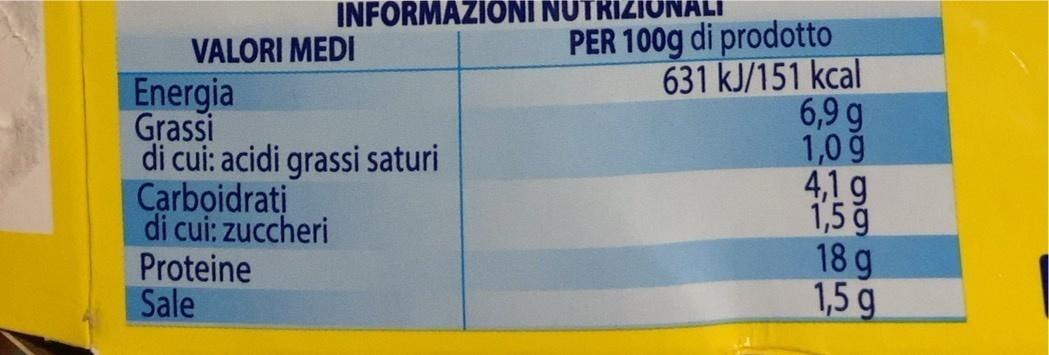
INFORMAZIONI NU
PER 100g di prodotto 631 kJ/151 kcal 6,9 g 1,0 g 4,1 g 1,5 ğ 18 g 1,5 g
VALORI MEDI
Energia Grassi di cui: acidi grassi saturi Carboidrati di cui: zuccheri Proteine Sale